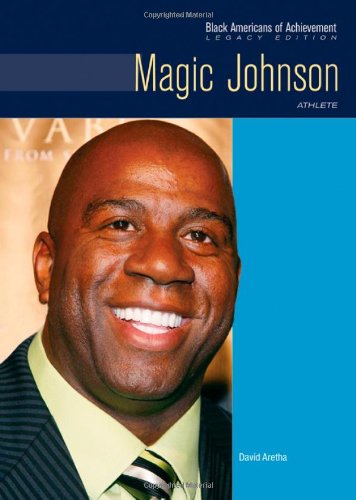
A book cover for Magic Johnson: Athlete (Black Americans of Achievement); David Aretha; Teen & Young Adult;